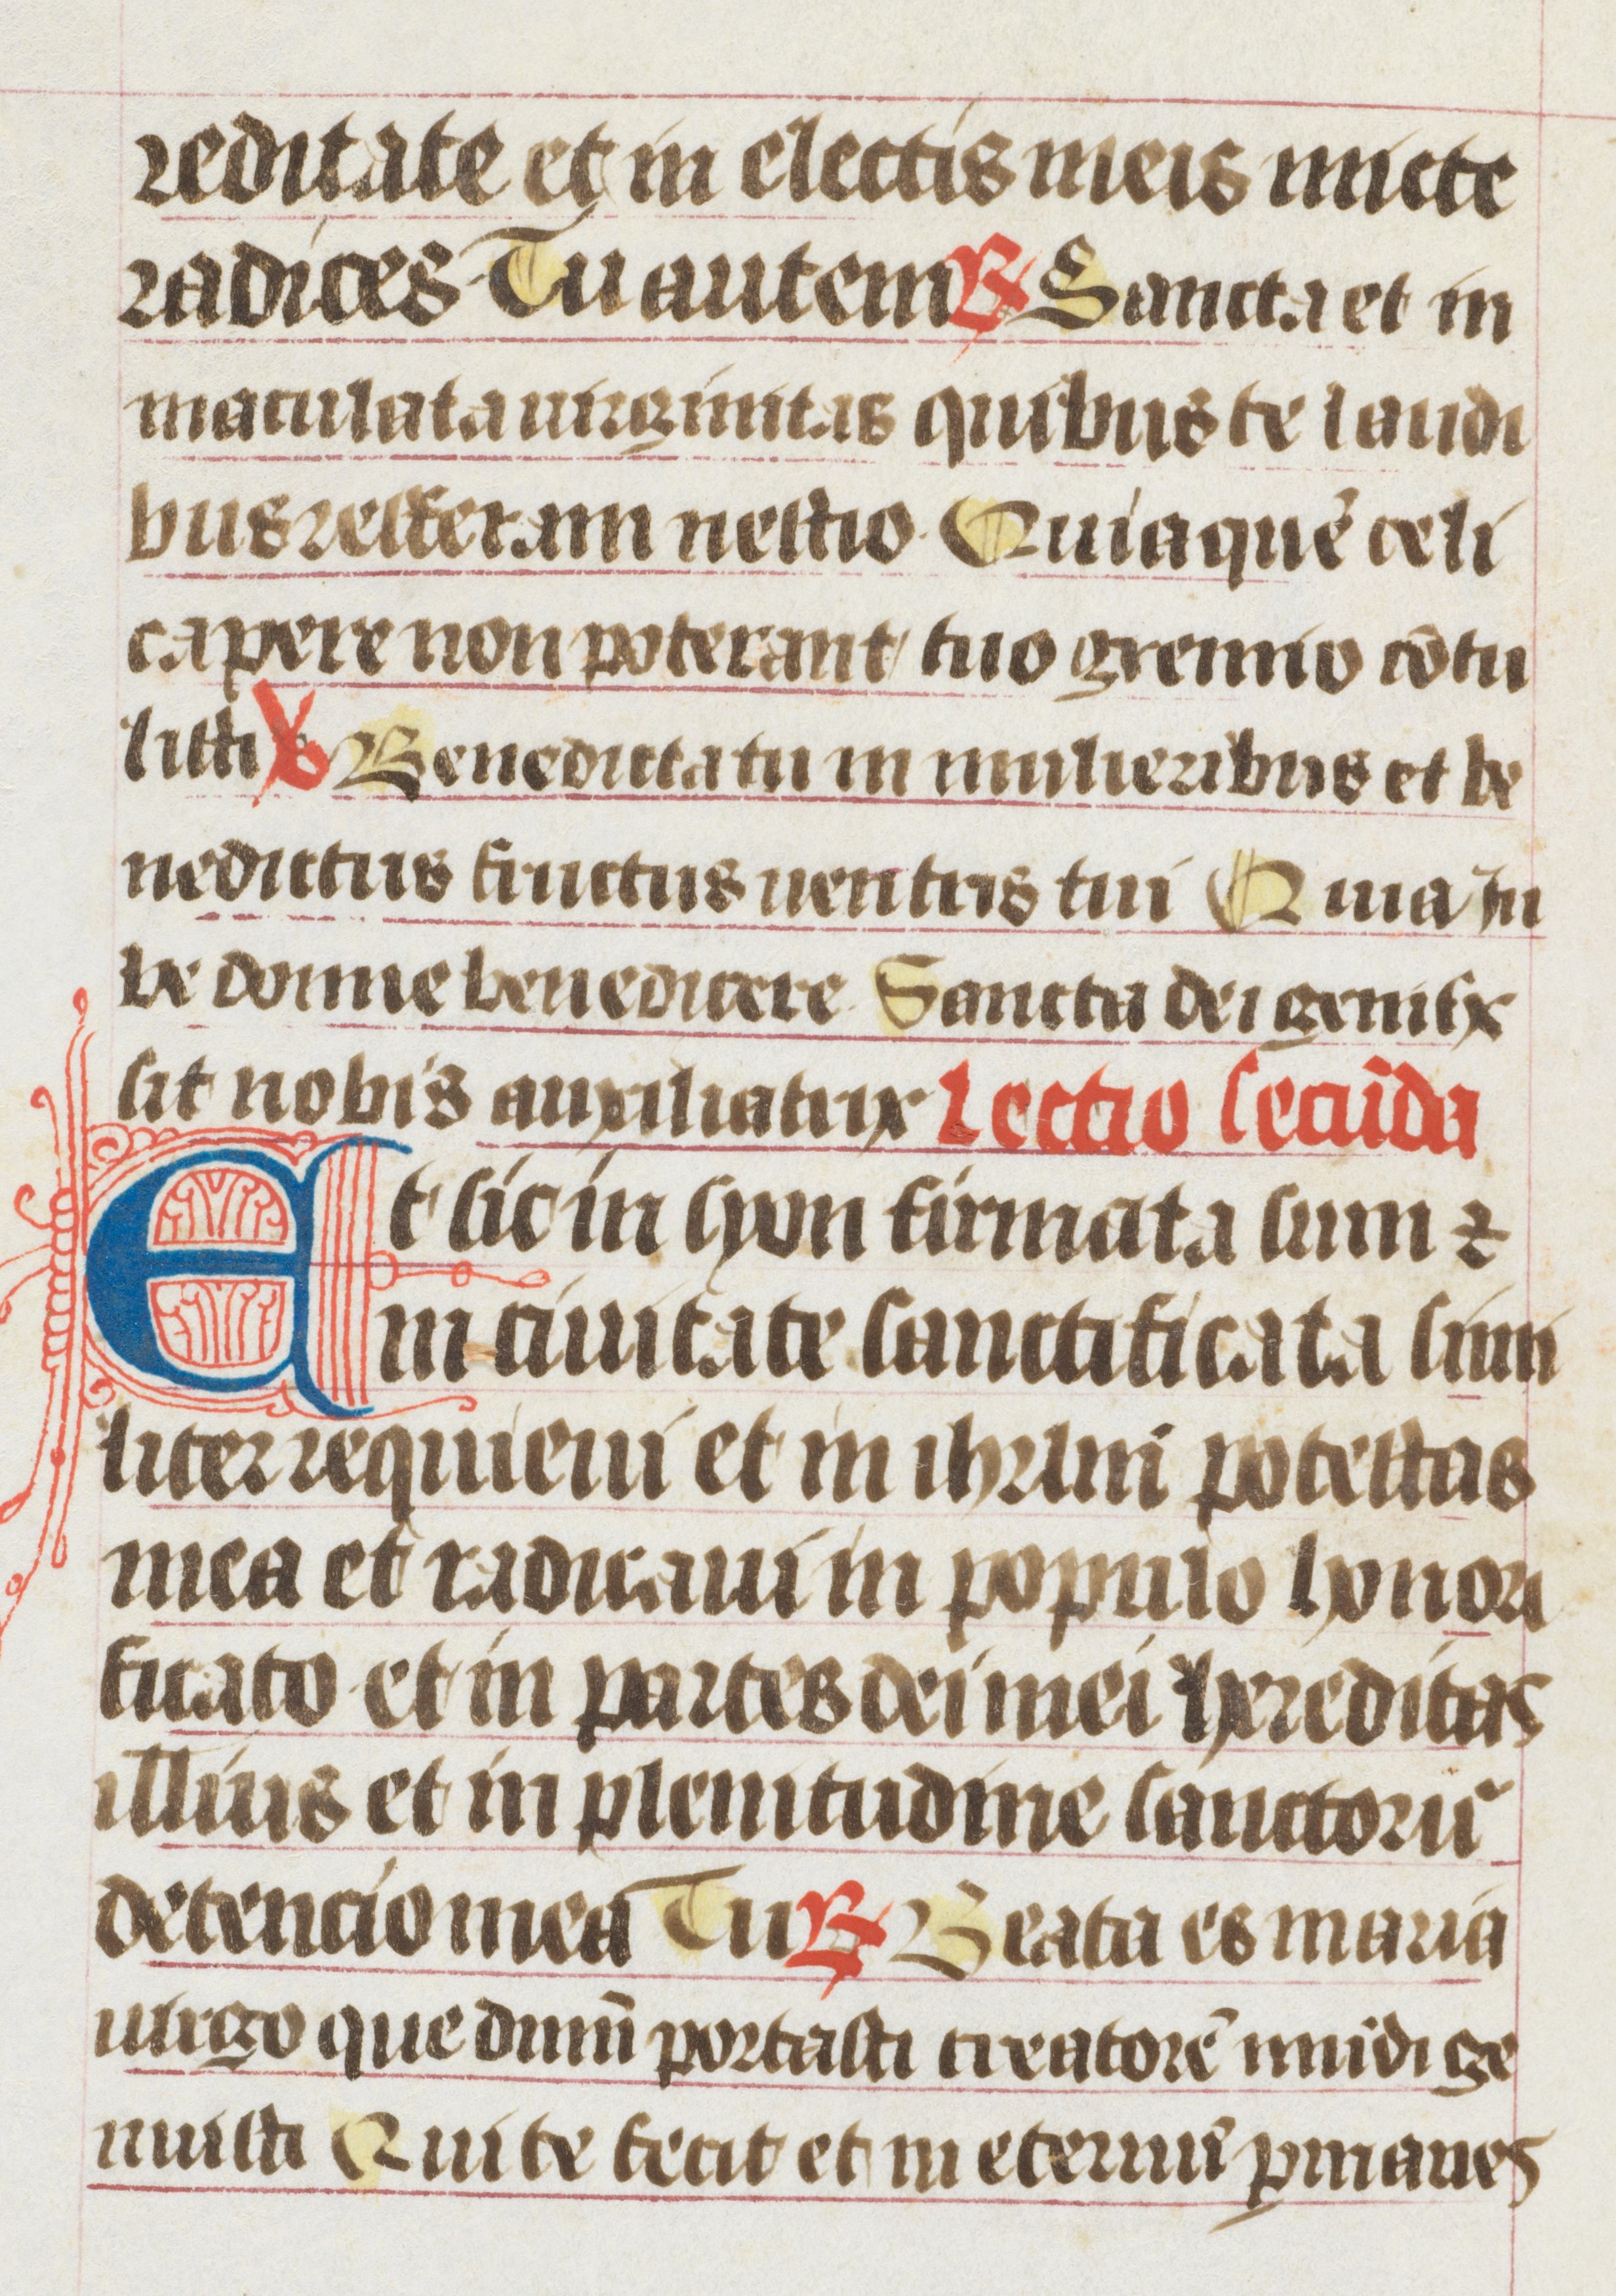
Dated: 1400–1499